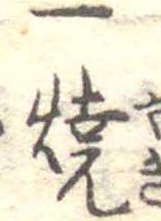
一焼